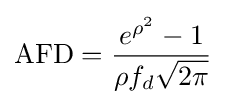
\mathrm {AFD} ={\frac {e^{\rho ^{2}}-1}{\rho f_{d}{\sqrt {2\pi }}}}